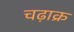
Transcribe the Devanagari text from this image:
चढ़ाक्र